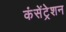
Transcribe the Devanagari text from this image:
कंसेंट्रेशन